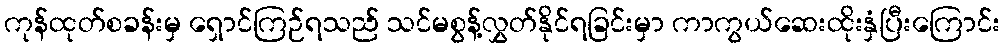
ကုန်ထုတ်စခန်းမှ ရှောင်ကြဉ်ရသည် သင်မစွန့်လွှတ်နိုင်ရခြင်းမှာ ကာကွယ်ဆေးထိုးနှံပြီးကြောင်း